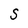
Character: S